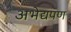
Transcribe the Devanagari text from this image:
अभेद्यपण